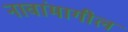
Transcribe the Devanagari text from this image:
नावांमागील